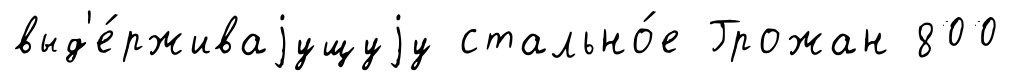
выд'е́рживаjущуjу стально́е Грожан 800